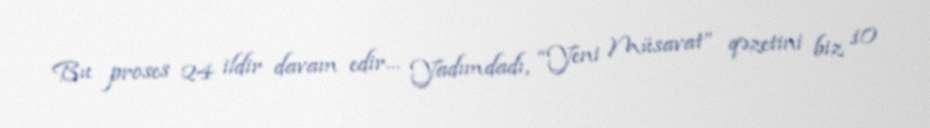
Bu proses 24 ildir davam edir... Yadımdadı, “Yeni Müsavat” qəzetini biz 10